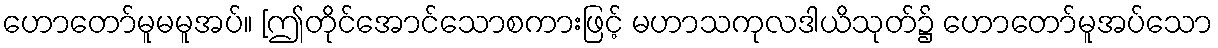
ဟောတော်မူမမူအပ်။ [ဤတိုင်အောင်သောစကားဖြင့် မဟာသကုလဒါယိသုတ်၌ ဟောတော်မူအပ်သော